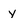
Character: y